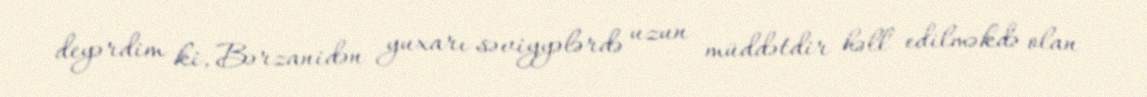
deyərdim ki, Bərzanidən yuxarı səviyyələrdə uzun müddətdir həll edilməkdə olan